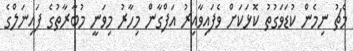
މެޗު ނިމެން ކުޑަވަގުތު ކޮޅަކަށް ވެފައިވާއިރު އަފްގާން މިހާރު މިވަނީ މުބާރާތުގެ ފައިނަލްގެ